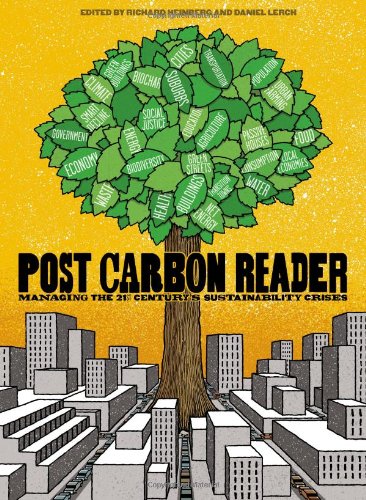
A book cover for The Post Carbon Reader: Managing the 21st Century's Sustainability Crises; Business & Money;